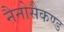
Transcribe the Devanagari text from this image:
नैनोसैकण्ड